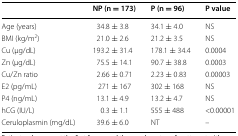
|  | NP (n = 173) | P (n = 96) | P value |
 | --- | --- | --- | --- |
 | Age (years) | 34.8 ± 3.8 | 34.1 ± 4.0 | NS |
 | BMI (kg/m2) | 21.0 ± 2.6 | 21.2 ± 3.5 | NS |
 | Cu (μg/dL) | 193.2 ± 31.4 | 178.1 ± 34.4 | 0.0004 |
 | Zn (μg/dL) | 75.5 ± 14.1 | 90.7 ± 38.8 | 0.0003 |
 | Cu/Zn ratio | 2.66 ± 0.71 | 2.23 ± 0.83 | 0.00003 |
 | E2 (pg/mL) | 271 ± 167 | 302 ± 168 | NS |
 | P4 (ng/mL) | 13.1 ± 4.9 | 13.2 ± 4.7 | NS |
 | hCG (IU/L) | 0.3 ± 1.1 | 555 ± 488 | <0.00001 |
 | Ceruloplasmin (mg/dL) | 39.6 ± 6.0 | NT | – |